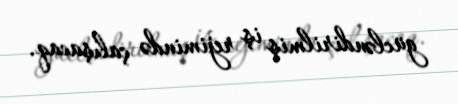
gücləndirilmiş iş rejimində çalışacaq.